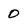
Character: 0